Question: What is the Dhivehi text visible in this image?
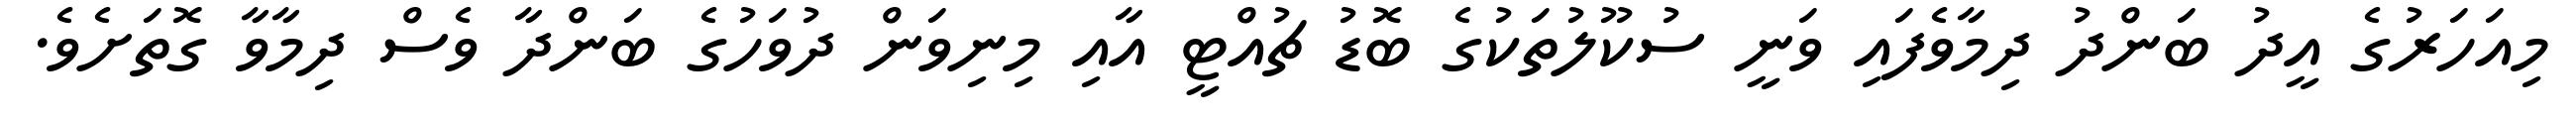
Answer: މިއަހަރުގެ އީދު ބަންދު ދިމާވެފައި ވަނީ ސުކޫލުތަކުގެ ބޮޑު ޗުއްޓީ އާއި މިނިވަން ދުވަހުގެ ބަންދާ ވެސް ދިމާވާ ގޮތަށެވެ.